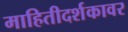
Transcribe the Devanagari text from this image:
माहितीदर्शकावर